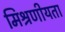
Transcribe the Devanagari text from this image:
मिश्रणीयता